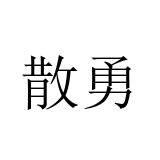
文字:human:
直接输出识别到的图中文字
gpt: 散勇